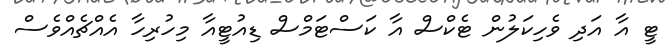
ޓީ އާ އަދި ވެހިކަލުން ޓެކްސް އާ ކަސްޓަމްސް ޑިއުޓީއާ މިހުރިހާ އެއްޗެއްވެސް